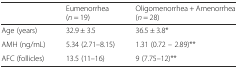
|  | Eumenorrhea (n = 19) | Oligomenorrhea + Amenorrhea (n = 28) |
 | --- | --- | --- |
 | Age (years) | 32.9 ± 3.5 | 36.5 ± 3.8* |
 | AMH (ng/mL) | 5.34 (2.71–8.15) | 1.31 (0.72 – 2.89)** |
 | AFC (follicles) | 13.5 (11–16) | 9 (7.75–12)** |